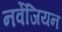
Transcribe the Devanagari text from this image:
नर्वेजियन